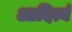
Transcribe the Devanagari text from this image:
आदित्यं